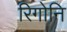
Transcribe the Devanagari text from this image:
रिगोनि